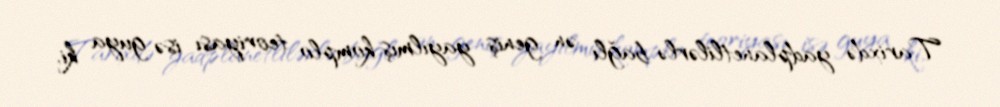
Tarixdə yadplanetlilərlə bağlı ən geniş yayılmış komplo teoriyası isə guya ki,